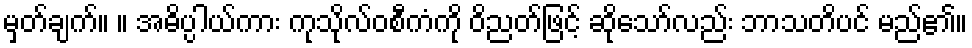
မှတ်ချက်။ ။ အဓိပ္ပါယ်ကား ကုသိုလ်ဝစီကံကို ဝိညတ်ဖြင့် ဆိုသော်လည်း ဘာသတိပင် မည်၏။